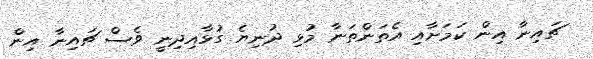
ޗައިނާ އިން ކަމަށާއި އެތަންތަނާ މުޅި ދުނިޔެ ގުޅާއިދިނީ ވެސް ޗައިނާ އިން